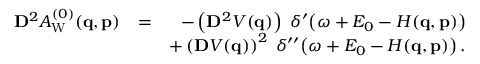
\begin{array} { r l r } { \ensuremath { \mathbf { D } } ^ { 2 } A _ { \mathrm { W } } ^ { ( 0 ) } ( \ensuremath { \mathbf { q } } , \ensuremath { \mathbf { p } } ) } & { = } & { - \left( \ensuremath { \mathbf { D } } ^ { 2 } V ( \ensuremath { \mathbf { q } } ) \right) \; \delta ^ { \prime } \! \left( \omega + E _ { 0 } - H ( \ensuremath { \mathbf { q } } , \ensuremath { \mathbf { p } } ) \right) } \\ & { } & { + \left( \ensuremath { \mathbf { D } } V ( \ensuremath { \mathbf { q } } ) \right) ^ { 2 } \; \delta ^ { \prime \prime } \! \left( \omega + E _ { 0 } - H ( \ensuremath { \mathbf { q } } , \ensuremath { \mathbf { p } } ) \right) . } \end{array}